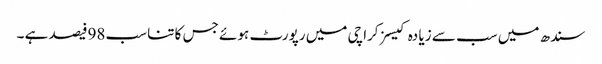
سندھ میں سب سے زیا دہ کیسز کراچی میں رپورٹ ہوئے جس کا تناسب 98فیصد ہے ۔